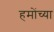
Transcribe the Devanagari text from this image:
हमोंच्या